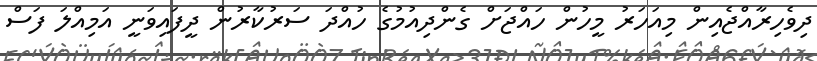
ދިވެހިރާއްޖެއިން މިއަހަރު މީހުން ހައްޖަށް ގެންދިއުމުގެ ހުއްދަ ސަރުކާރުން ދީފައިވަނީ އަމިއްލަ ފަސް